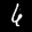
Label: 6